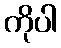
ကိုပါ